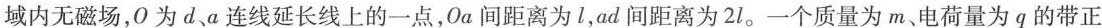
域内无磁场，O为d、a连线延长线上的一点，Oa间距离为l，ad间距离为2l。一个质量为m、电荷量为q的带正